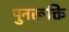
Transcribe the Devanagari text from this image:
पुनरूक्ति